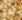
نهر